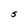
Character: S